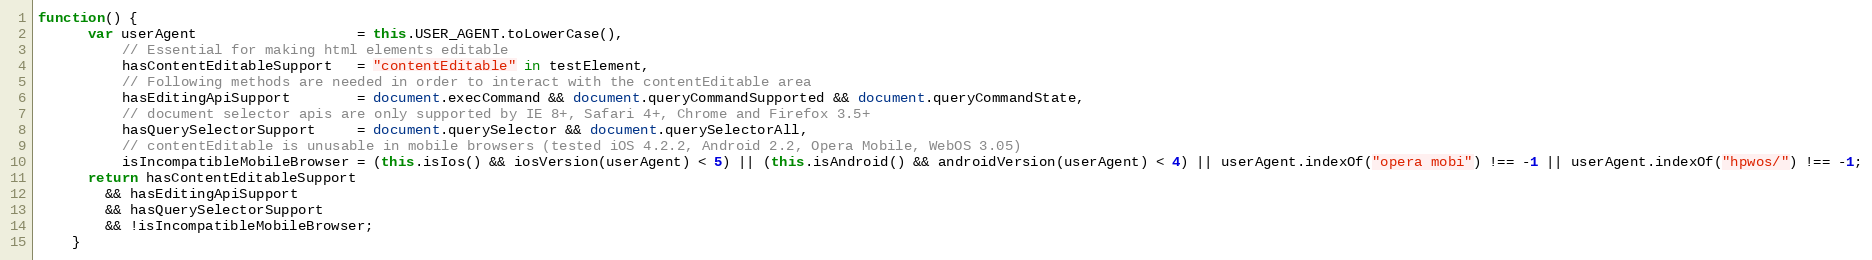
Language: JavaScript
function() {
      var userAgent                   = this.USER_AGENT.toLowerCase(),
          // Essential for making html elements editable
          hasContentEditableSupport   = "contentEditable" in testElement,
          // Following methods are needed in order to interact with the contentEditable area
          hasEditingApiSupport        = document.execCommand && document.queryCommandSupported && document.queryCommandState,
          // document selector apis are only supported by IE 8+, Safari 4+, Chrome and Firefox 3.5+
          hasQuerySelectorSupport     = document.querySelector && document.querySelectorAll,
          // contentEditable is unusable in mobile browsers (tested iOS 4.2.2, Android 2.2, Opera Mobile, WebOS 3.05)
          isIncompatibleMobileBrowser = (this.isIos() && iosVersion(userAgent) < 5) || (this.isAndroid() && androidVersion(userAgent) < 4) || userAgent.indexOf("opera mobi") !== -1 || userAgent.indexOf("hpwos/") !== -1;
      return hasContentEditableSupport
        && hasEditingApiSupport
        && hasQuerySelectorSupport
        && !isIncompatibleMobileBrowser;
    }